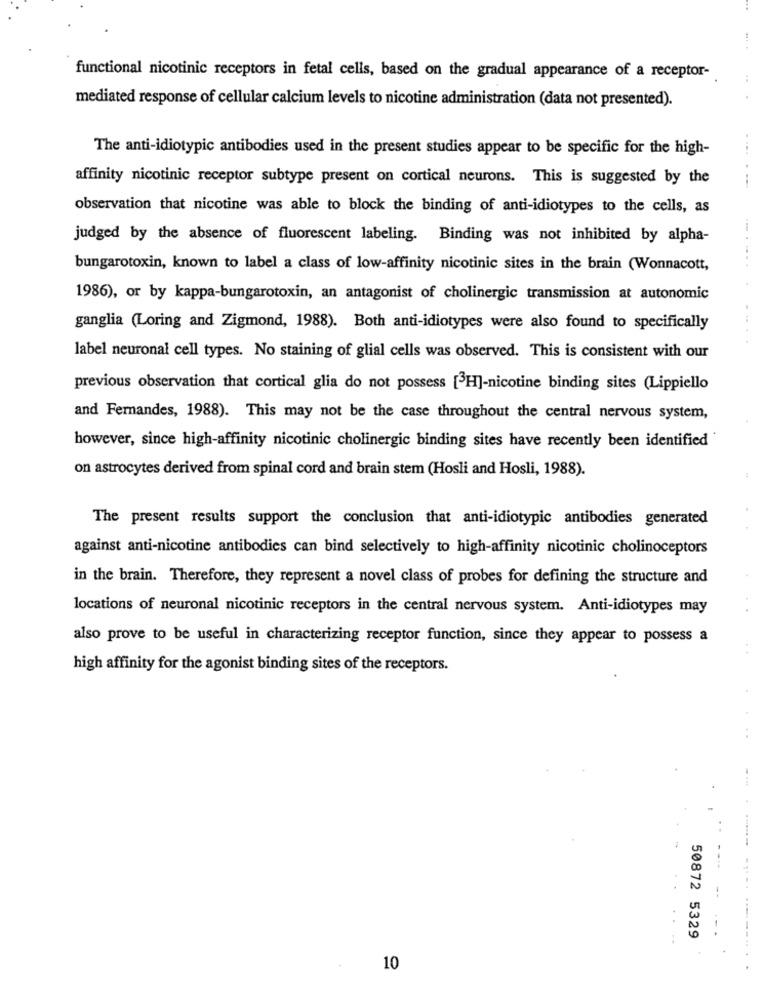
....
functional nicotinic receptors in fetal cells, based on the gradual appearance of a receptor-
mediated response of cellular calcium levels to nicotine administration (data not presented).
The anti-idiotypic antibodies used in the present studies appear to be specific for the high-
affinity nicotinic receptor subtype present on cortical neurons. This is suggested by the
observation that nicotine was able to block the binding of anti-idiotypes to the cells, as
judged by the absence of fluorescent labeling. Binding was not inhibited by alpha-
bungarotoxin, known to label a class of low-affinity nicotinic sites in the brain (Wonnacott,
1986), or by kappa-bungarotoxin, an antagonist of cholinergic transmission at autonomic
ganglia (Loring and Zigmond, 1988). Both anti-idiotypes were also found to specifically
label neuronal cell types. No staining of glial cells was observed. This is consistent with our
previous observation that cortical glia do not possess [3H]-nicotine binding sites (Lippiello
and Fernandes, 1988). This may not be the case throughout the central nervous system,
however, since high-affinity nicotinic cholinergic binding sites have recently been identified
on astrocytes derived from spinal cord and brain stem (Hosli and Hosli, 1988).
The present results support the conclusion that anti-idiotypic antibodies generated
against anti-nicotine antibodies can bind selectively to high-affinity nicotinic cholinoceptors
in the brain. Therefore, they represent a novel class of probes for defining the structure and
locations of neuronal nicotinic receptors in the central nervous system. Anti-idiotypes may
also prove to be useful in characterizing receptor function, since they appear to possess a
high affinity for the agonist binding sites of the receptors.
50872 5329
10